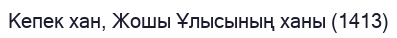
Кепек хан, Жошы Ұлысының ханы (1413)